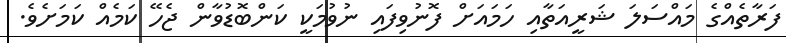
ފަރާތެއްގެ މައްސަލަ ޝަރީއަތާއި ހަމައަށް ފޮނުވިފައި ނުވުމަކީ ކަންބޮޑުވާން ޖެހޭ ކަމެއް ކަމަށެވެ.